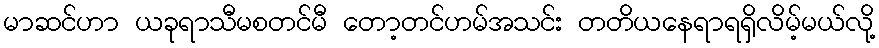
မာဆင်ဟာ ယခုရာသီမစတင်မီ တော့တင်ဟမ်အသင်း တတိယနေရာရရှိလိမ့်မယ်လို့